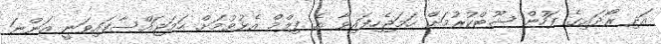
އަދި ރޯދައިގެ ފަހުން ޝޫޓްކުރުމަށް ހަމަޖެހިފައިވާ އެ ފިލްމް އެޅުވުމަށް ހަމަޖައްސާފައިވަނީ އަންނަ